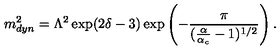
m _ { d y n } ^ { 2 } = \Lambda ^ { 2 } \exp ( 2 \delta - 3 ) \exp \left( - \frac { \pi } { ( \frac { \alpha } { \alpha _ { c } } - 1 ) ^ { 1 / 2 } } \right) .